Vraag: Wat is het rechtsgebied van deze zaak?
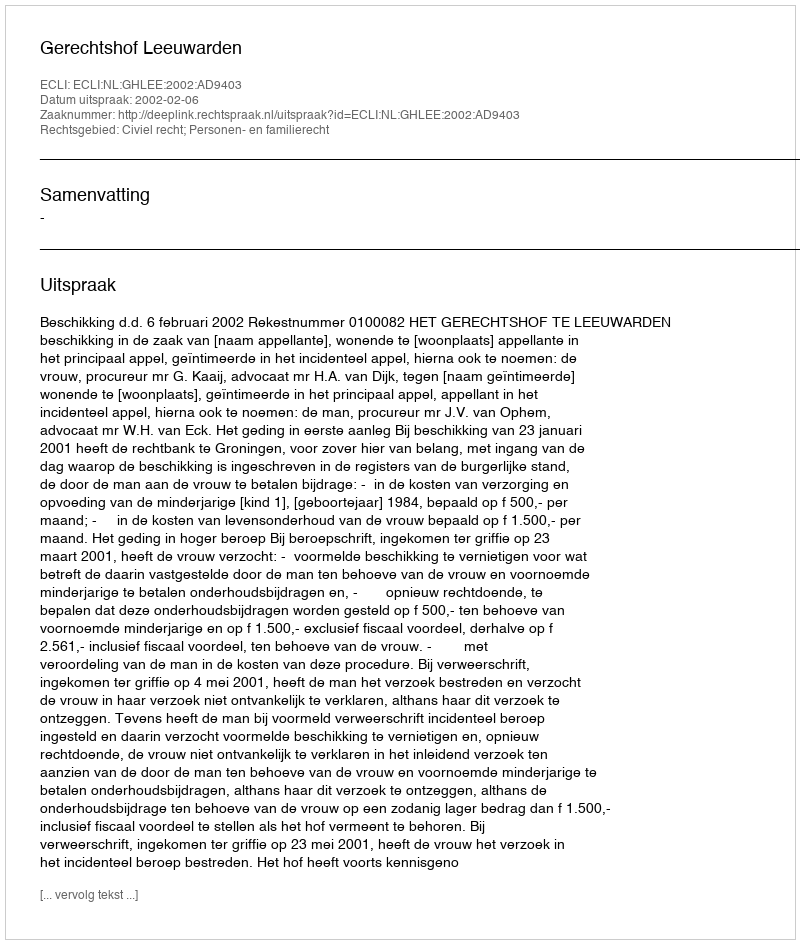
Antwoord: Civiel recht; Personen- en familierecht